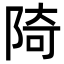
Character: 陭